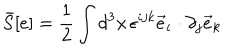
{ \bar { S } } [ e ] = \frac { 1 } { 2 } \int d ^ { 3 } x \, \epsilon ^ { i j k } { \vec { e } } _ { i } \cdot \partial _ { j } { \vec { e } } _ { k }